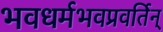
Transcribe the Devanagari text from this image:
भवधर्मभवप्रवर्तिन्